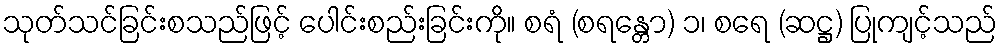
သုတ်သင်ခြင်းစသည်ဖြင့် ပေါင်းစည်းခြင်းကို။ စရံ (စရန္တော) ၁၊ စရေ (ဆဋ္ဌ) ပြုကျင့်သည်